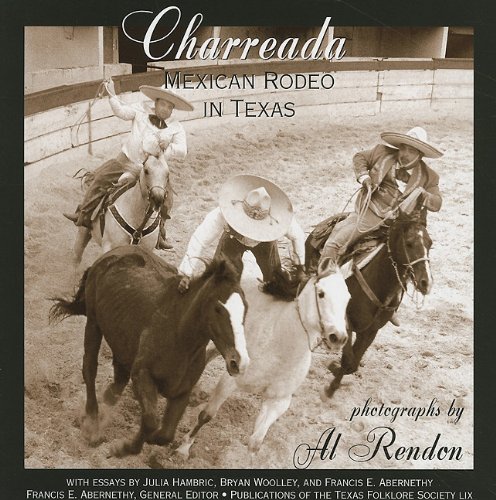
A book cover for Charreada: Mexican Rodeo in Texas (Publications of the Texas Folklore Society); Al Rendon; Sports & Outdoors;